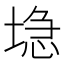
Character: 𱗔